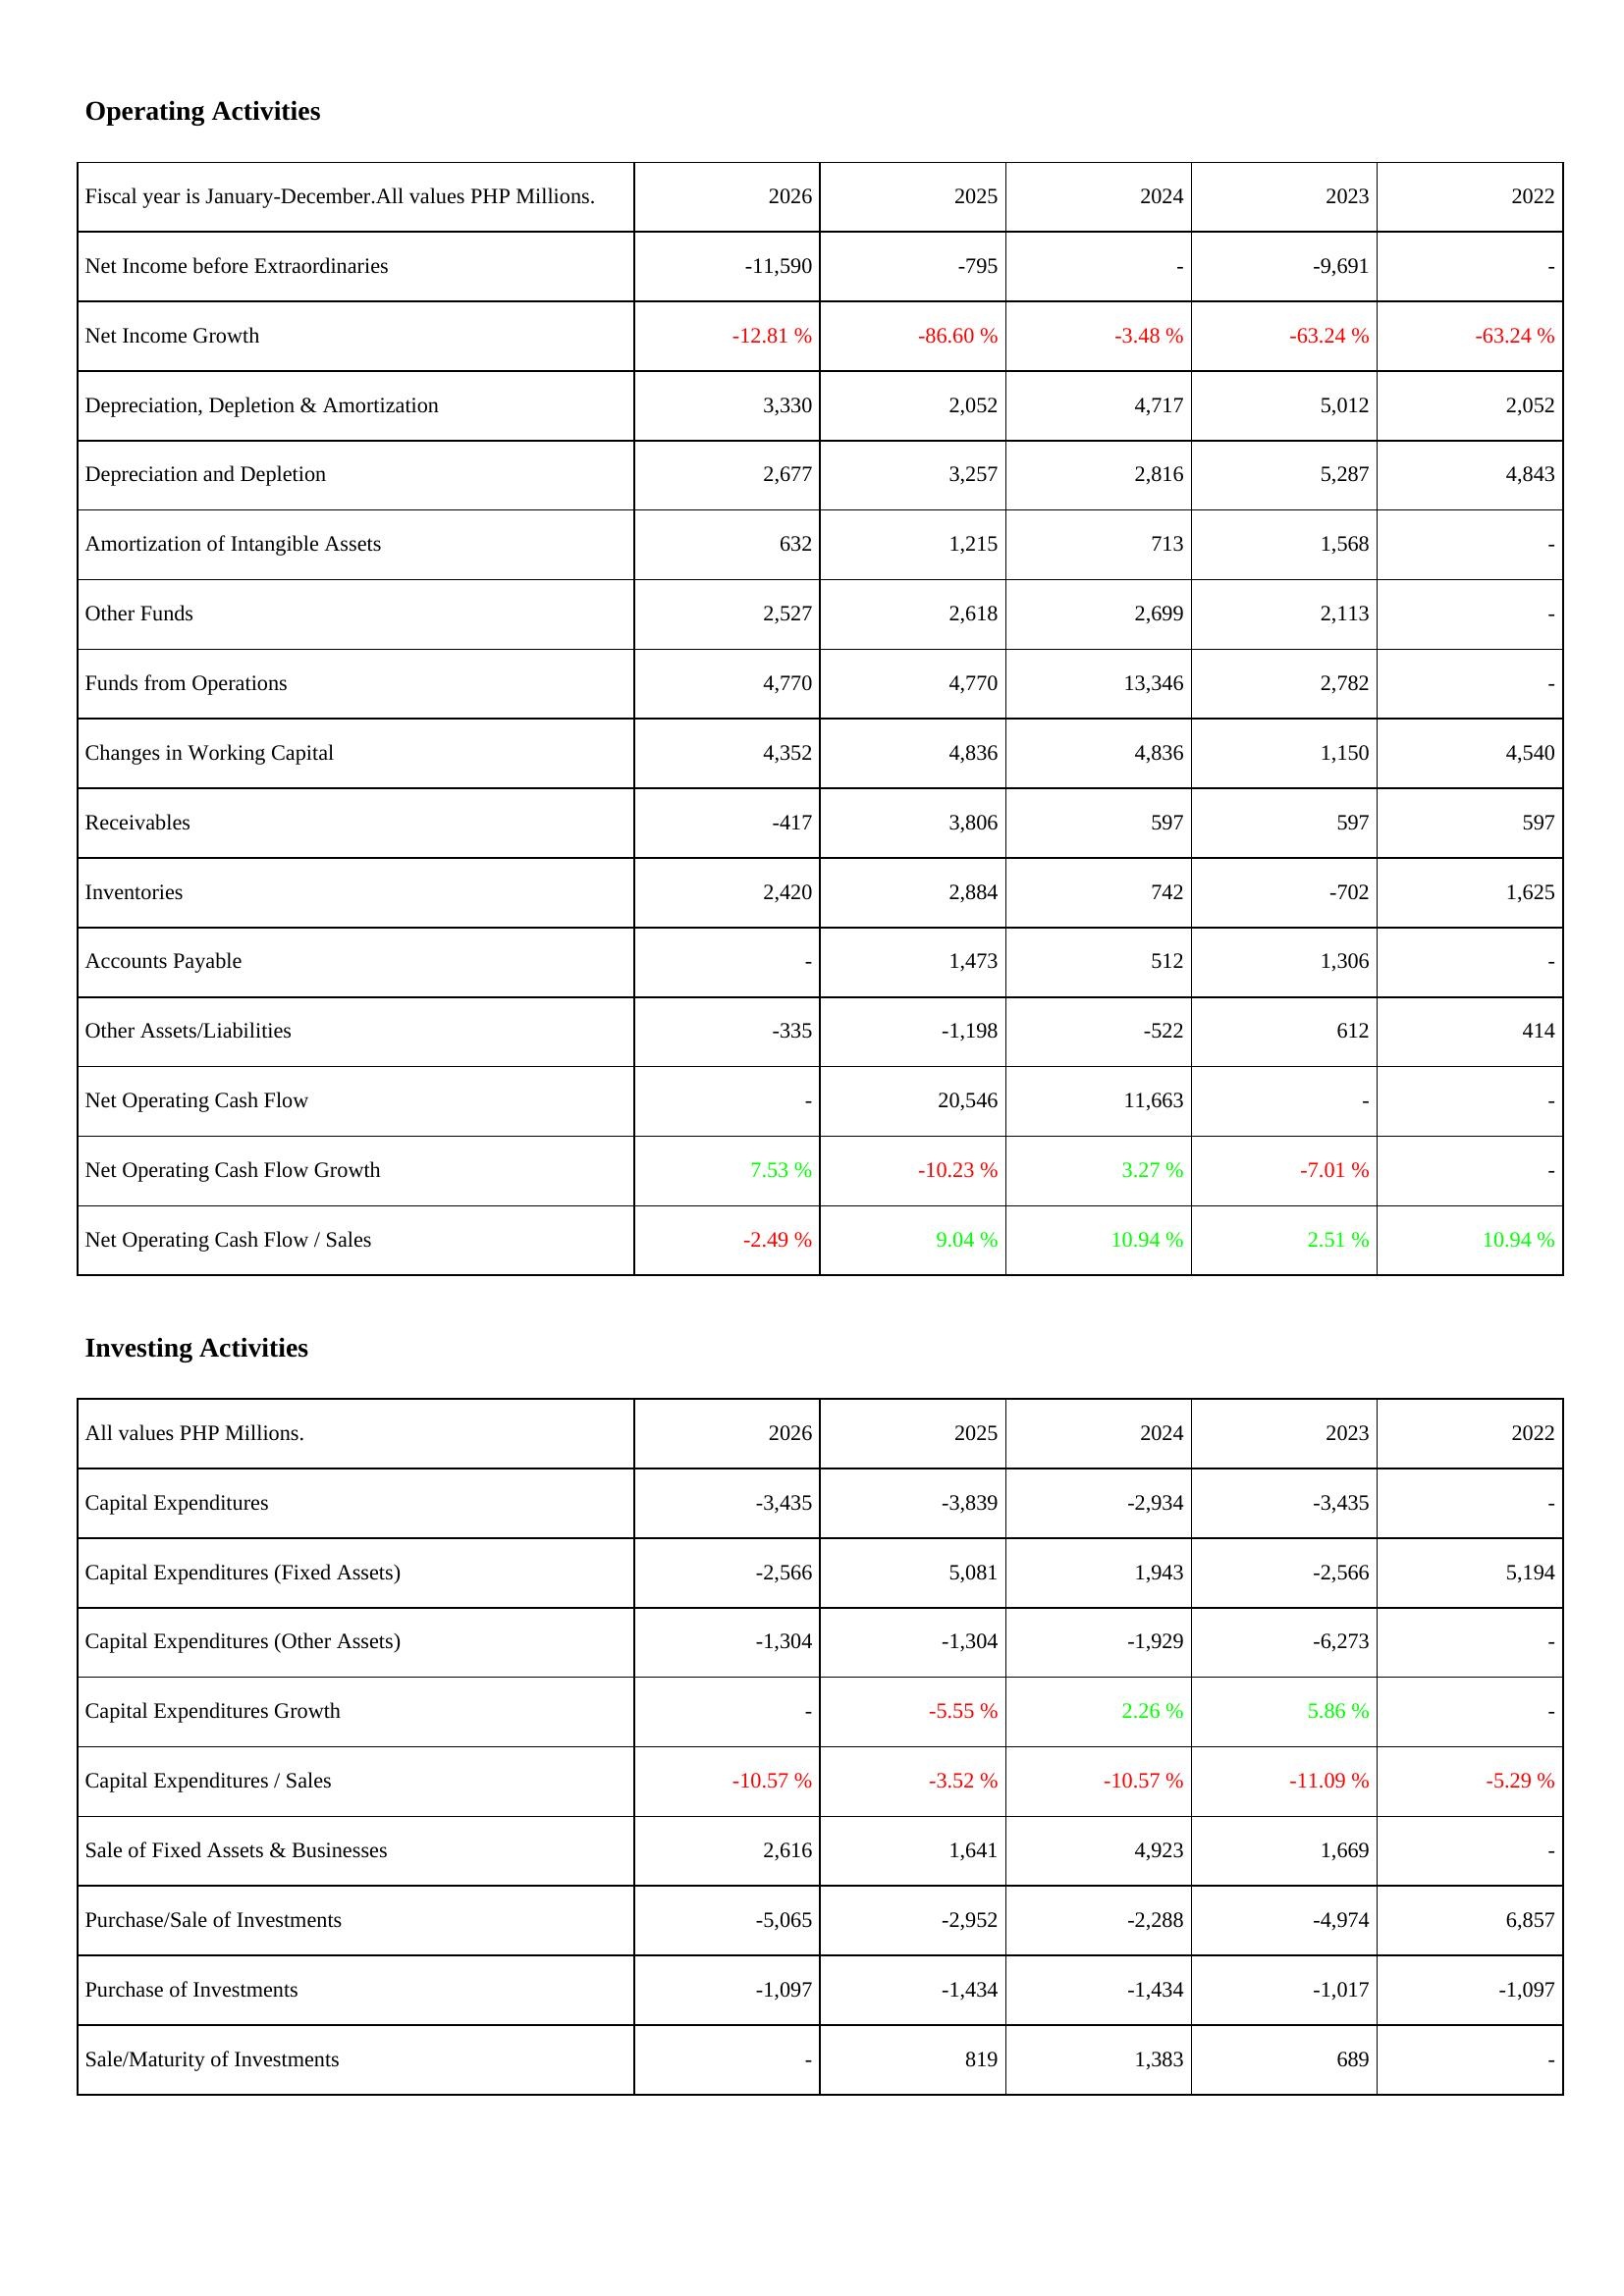
2026: Operating Activities: Net Income before Extraordinaries: -11,590
Net Income Growth: -12.81 %
Depreciation, Depletion & Amortization: 3,330
Depreciation and Depletion: 2,677
Amortization of Intangible Assets: 632
Other Funds: 2,527
Funds from Operations: 4,770
Changes in Working Capital: 4,352
Receivables: -417
Inventories: 2,420
Accounts Payable: -
Other Assets/Liabilities: -335
Net Operating Cash Flow: -
Net Operating Cash Flow Growth: 7.53 %
Net Operating Cash Flow / Sales: -2.49 %
Investing Activities: Capital Expenditures: -3,435
Capital Expenditures (Fixed Assets): -2,566
Capital Expenditures (Other Assets): -1,304
Capital Expenditures Growth: -
Capital Expenditures / Sales: -10.57 %
Sale of Fixed Assets & Businesses: 2,616
Purchase/Sale of Investments: -5,065
Purchase of Investments: -1,097
Sale/Maturity of Investments: -
2025: Operating Activities: Net Income before Extraordinaries: -795
Net Income Growth: -86.60 %
Depreciation, Depletion & Amortization: 2,052
Depreciation and Depletion: 3,257
Amortization of Intangible Assets: 1,215
Other Funds: 2,618
Funds from Operations: 4,770
Changes in Working Capital: 4,836
Receivables: 3,806
Inventories: 2,884
Accounts Payable: 1,473
Other Assets/Liabilities: -1,198
Net Operating Cash Flow: 20,546
Net Operating Cash Flow Growth: -10.23 %
Net Operating Cash Flow / Sales: 9.04 %
Investing Activities: Capital Expenditures: -3,839
Capital Expenditures (Fixed Assets): 5,081
Capital Expenditures (Other Assets): -1,304
Capital Expenditures Growth: -5.55 %
Capital Expenditures / Sales: -3.52 %
Sale of Fixed Assets & Businesses: 1,641
Purchase/Sale of Investments: -2,952
Purchase of Investments: -1,434
Sale/Maturity of Investments: 819
2024: Operating Activities: Net Income before Extraordinaries: -
Net Income Growth: -3.48 %
Depreciation, Depletion & Amortization: 4,717
Depreciation and Depletion: 2,816
Amortization of Intangible Assets: 713
Other Funds: 2,699
Funds from Operations: 13,346
Changes in Working Capital: 4,836
Receivables: 597
Inventories: 742
Accounts Payable: 512
Other Assets/Liabilities: -522
Net Operating Cash Flow: 11,663
Net Operating Cash Flow Growth: 3.27 %
Net Operating Cash Flow / Sales: 10.94 %
Investing Activities: Capital Expenditures: -2,934
Capital Expenditures (Fixed Assets): 1,943
Capital Expenditures (Other Assets): -1,929
Capital Expenditures Growth: 2.26 %
Capital Expenditures / Sales: -10.57 %
Sale of Fixed Assets & Businesses: 4,923
Purchase/Sale of Investments: -2,288
Purchase of Investments: -1,434
Sale/Maturity of Investments: 1,383
2023: Operating Activities: Net Income before Extraordinaries: -9,691
Net Income Growth: -63.24 %
Depreciation, Depletion & Amortization: 5,012
Depreciation and Depletion: 5,287
Amortization of Intangible Assets: 1,568
Other Funds: 2,113
Funds from Operations: 2,782
Changes in Working Capital: 1,150
Receivables: 597
Inventories: -702
Accounts Payable: 1,306
Other Assets/Liabilities: 612
Net Operating Cash Flow: -
Net Operating Cash Flow Growth: -7.01 %
Net Operating Cash Flow / Sales: 2.51 %
Investing Activities: Capital Expenditures: -3,435
Capital Expenditures (Fixed Assets): -2,566
Capital Expenditures (Other Assets): -6,273
Capital Expenditures Growth: 5.86 %
Capital Expenditures / Sales: -11.09 %
Sale of Fixed Assets & Businesses: 1,669
Purchase/Sale of Investments: -4,974
Purchase of Investments: -1,017
Sale/Maturity of Investments: 689
2022: Operating Activities: Net Income before Extraordinaries: -
Net Income Growth: -63.24 %
Depreciation, Depletion & Amortization: 2,052
Depreciation and Depletion: 4,843
Amortization of Intangible Assets: -
Other Funds: -
Funds from Operations: -
Changes in Working Capital: 4,540
Receivables: 597
Inventories: 1,625
Accounts Payable: -
Other Assets/Liabilities: 414
Net Operating Cash Flow: -
Net Operating Cash Flow Growth: -
Net Operating Cash Flow / Sales: 10.94 %
Investing Activities: Capital Expenditures: -
Capital Expenditures (Fixed Assets): 5,194
Capital Expenditures (Other Assets): -
Capital Expenditures Growth: -
Capital Expenditures / Sales: -5.29 %
Sale of Fixed Assets & Businesses: -
Purchase/Sale of Investments: 6,857
Purchase of Investments: -1,097
Sale/Maturity of Investments: -